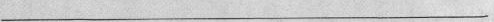
____